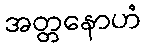
အတ္တနောဟံ